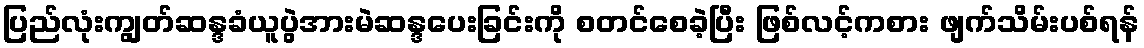
ပြည်လုံးကျွတ်ဆန္ဒခံယူပွဲအားမဲဆန္ဒပေးခြင်းကို စတင်စေခဲ့ပြီး ဖြစ်လင့်ကစား ဖျက်သိမ်းပစ်ရန်